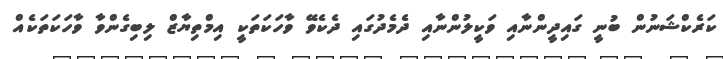
ކަރެކްޝަނުން ބުނީ ގައިދީންނާއި ވަކީލުންނާއި ދެމެދުގައި ދެކެވޭ ވާހަކަތަކީ އިމްތިޔާޒް ލިބިގެންވާ ވާހަކަތަކެއް